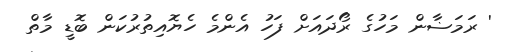
' ރަމަޟާން މަހުގެ ރޯދައަށް ފަހު އެންމެ ހެޔޮއިތުރުކަން ބޮޑީ މާތް